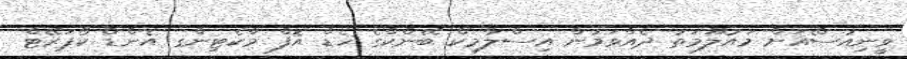
ވީނިއުސްެއަށް މައުލޫމަތު ދެއްވަމުން އިސްލާމިކް ބޭންކްގެ ހެޑް އޮފް މާކެޓިންގ އެންޑް ކޯޕަރޭޓް